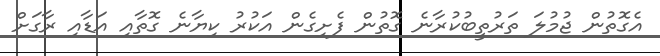
އެގޮތުން ޖުމުލަ ތަރުތީބުކުރާނެ ގޮތުން ފެށިގެން އަކުރު ކިޔާނެ ގޮތާއި އަޑާއި ރާގަށް